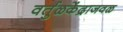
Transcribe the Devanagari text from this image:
वर्तुळकेंद्राजवळ